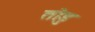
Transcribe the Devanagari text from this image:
तोडु